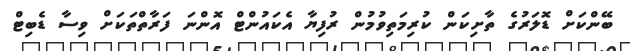
ބޭންކަށް ޑޮލަރުގެ ތާށިކަން ކުރިމަތިވުމުން ރުފިޔާ އެކައުންޓް އޮންނަ ފަރާތްތަކަށް ވިސާ ޑެބިޓް